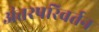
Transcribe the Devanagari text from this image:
अंतरपरिवर्तन